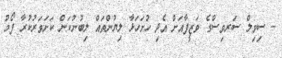
- ސިވިލް ސަރވިސްގެ ވަޒީފާއަށް އެދި ހުށަހަޅާ ލިޔުންތައް ލިބުނުކަން ކަށަވަރުކުރާ ފޯމު